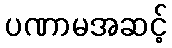
ပဏာမအဆင့်